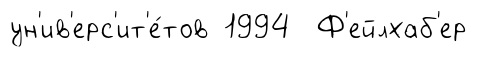
ун'ив'ерс'ит'е́тов 1994 Ф'ейлхаб'ер